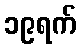
၁၉ရက်